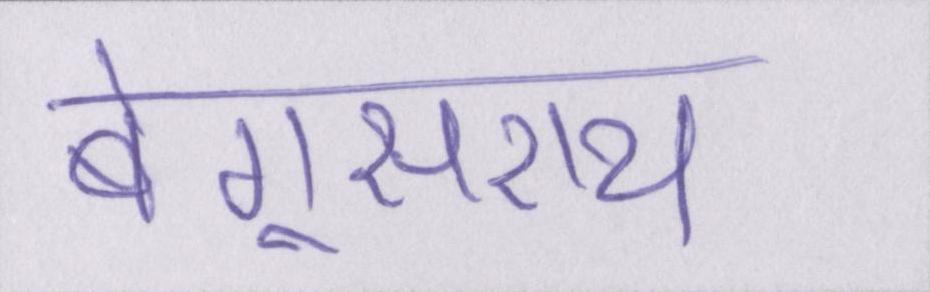
बेगूसराय